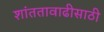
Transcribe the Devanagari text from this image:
शांततावाढीसाठी